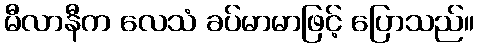
မီလာနီက လေသံ ခပ်မာမာဖြင့် ပြောသည်။